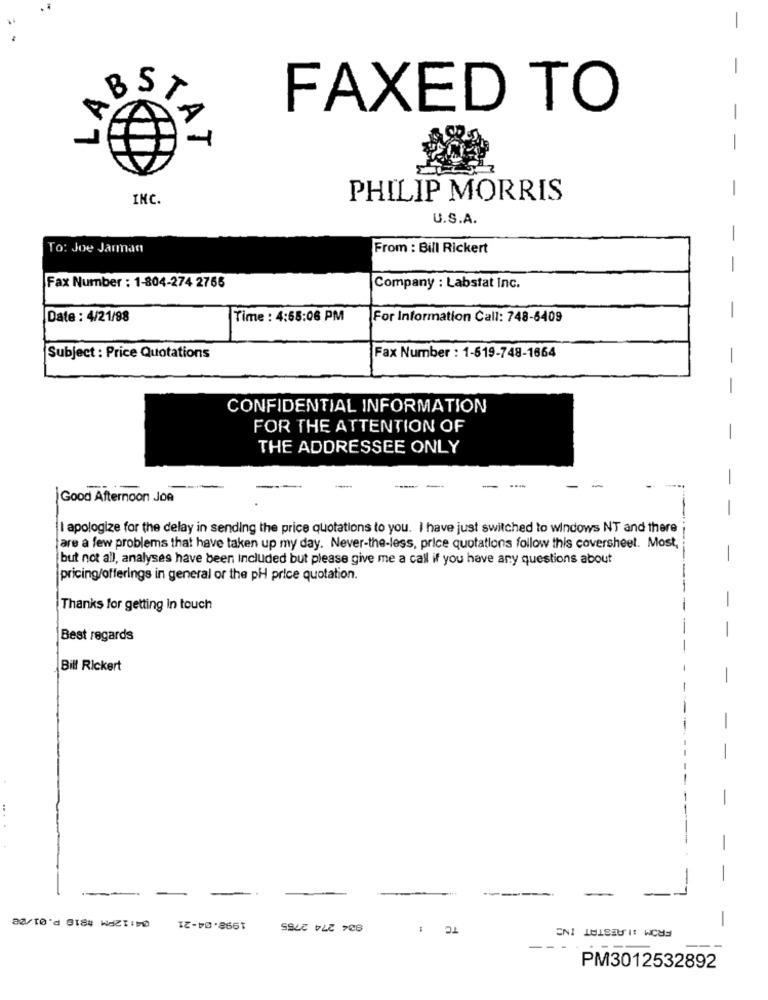
-
LAB
FAXED TO
STAT
-
INC.
PHILIP MORRIS
U.S.A.
-
To: Joe Jarman
From : Bill Rickert
-
Fax Number : 1-804-274 2766
Company : Labstat Inc.
Date : 4/21/98
Time : 4:55:06 PM
For Information Call: 748-6409
Fax Number : 1-619-748-1664
Subject : Price Quotations
-
CONFIDENTIAL INFORMATION
FOR THE ATTENTION OF
THE ADDRESSEE ONLY
-
....
-
-
Good Afternoon Jon
-
I apologize for the delay in sending the price quotations to you. I have just switched to windows NT and there
fare a few problems that have taken up my day. Never-the-less, price quotations follow this coversheet. Most,
but not all, analyses have been included but please give me a call if you have any questions about
-
pricing/offerings in general or the pH price quotation.
Thanks for getting In touch
-
-
Best regards
Bill Rickert
-
-
-----
1998-04-21
834 274 2755
TC !
FROM :I RESTAT INS
-
-
PM3012532892